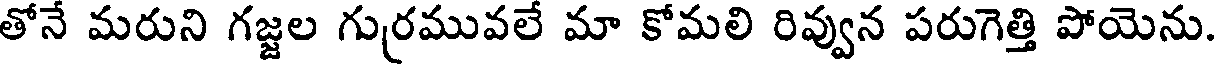
తోనే మరుని గజ్జల గురమువలే మా కోమలి రివ్వున పరుగెత్తి పోయెను.